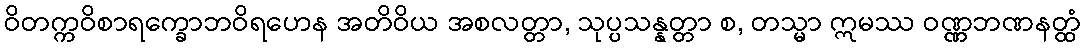
ဝိတက္ကဝိစာရက္ခောဘဝိရဟေန အတိဝိယ အစလတ္တာ, သုပ္ပသန္နတ္တာ စ, တသ္မာ ဣမဿ ဝဏ္ဏဘဏနတ္ထံ